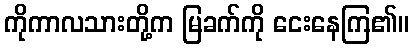
ကိုကာလသားတို့က မြခက်ကို ငေးနေကြ၏။